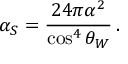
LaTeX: \alpha _ { S } = \frac { 2 4 \pi \alpha ^ { 2 } } { \cos ^ { 4 } \theta _ { W } } \, .